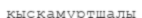
қысқамұртшалы